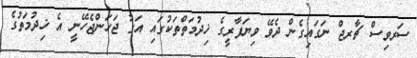
ސަރވިސް ޗާރޖް ނަގައިގެން ދެވޭ ވިޔަފާރީގެ ޚިދުމަތްތަކުގައި އަގު ޖަހަންޖެހޭނީ އެ ޚިދުމަތުގެ